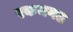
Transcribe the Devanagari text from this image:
रकमगढ